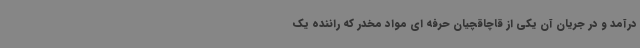
درآمد و در جریان آن یکی از قاچاقچیان حرفه ای مواد مخدر که راننده یک